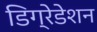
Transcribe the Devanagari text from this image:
डिग्रेडेशन